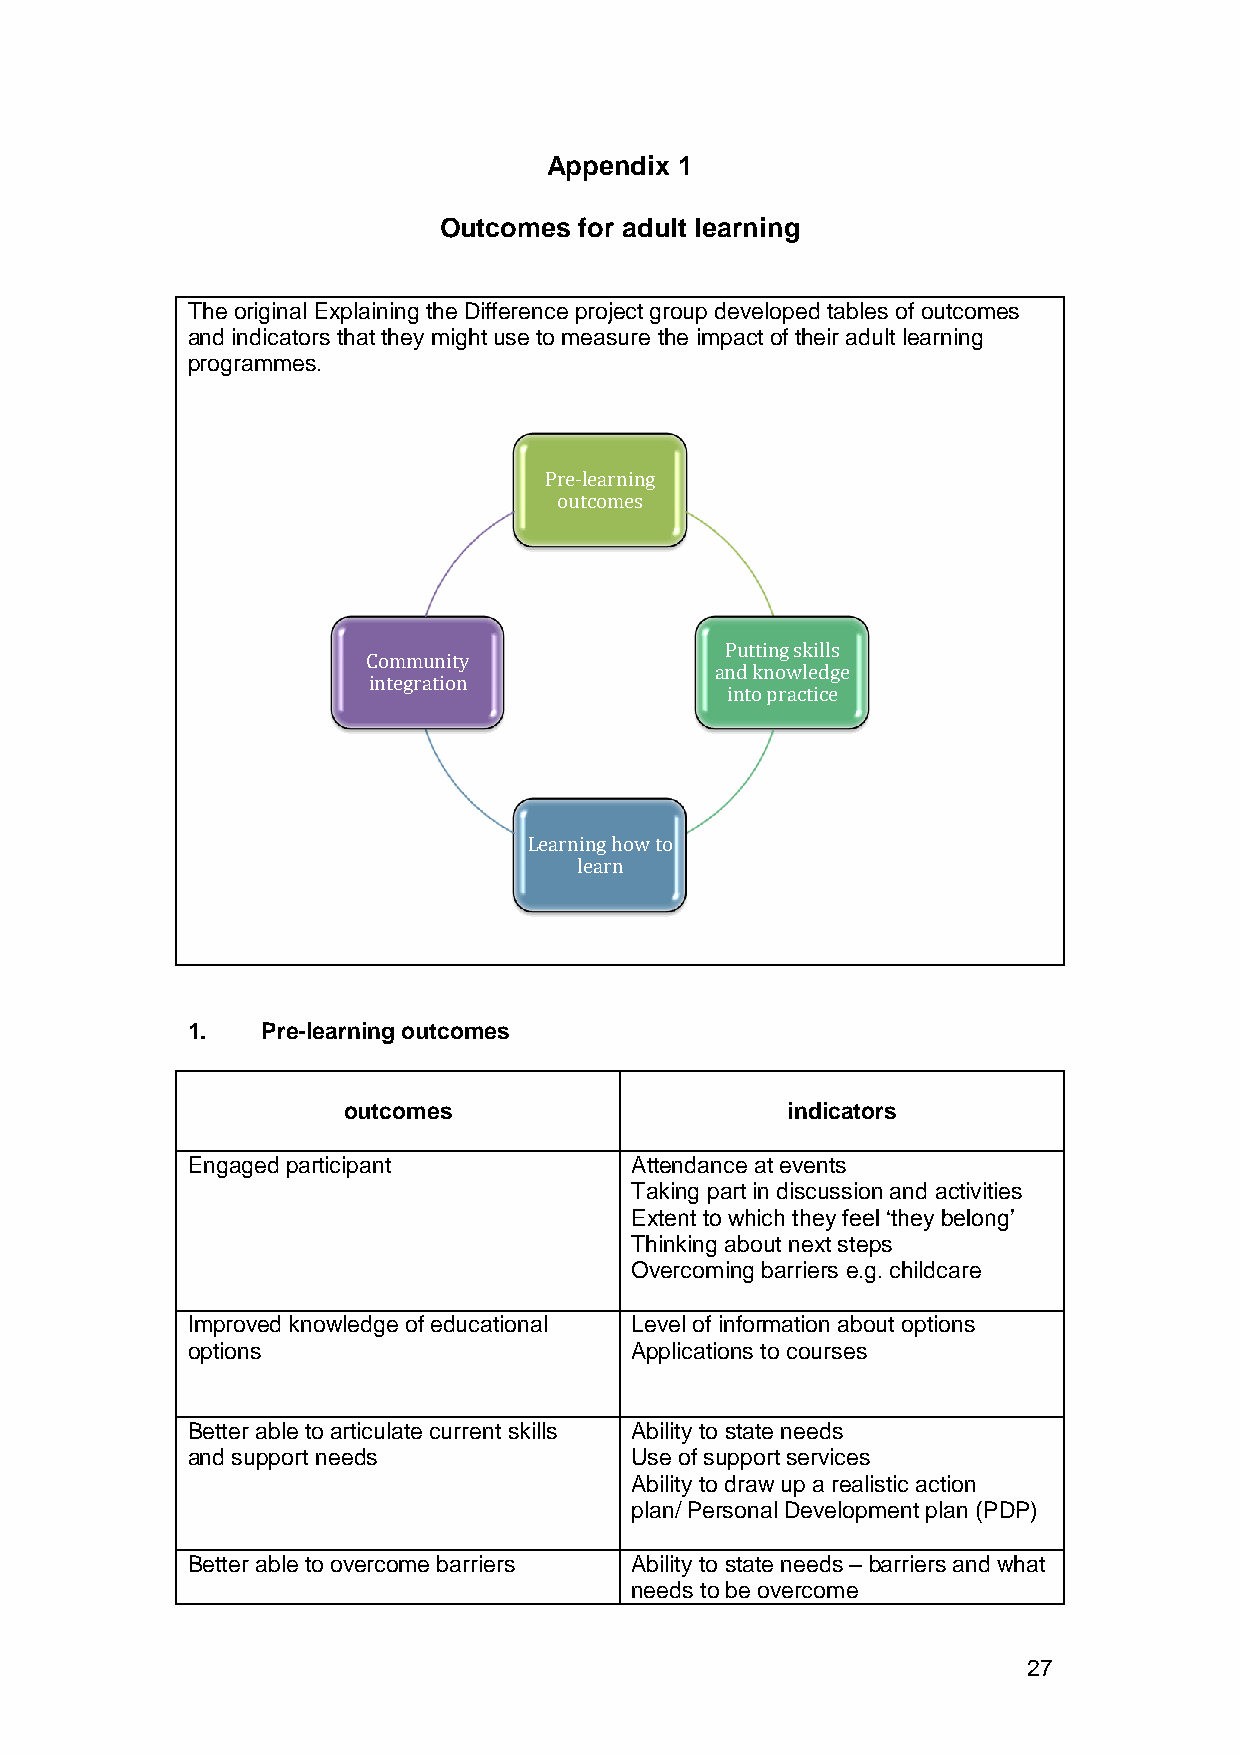
Appendix 1
 Outcomes for adult learning
 The original Explaining the Difference project group developed tables of outcomes
 and indicators that they might use to measure the impact of their adult learning
 programmes.
 Pre-learning
 outcomes
 Putting skills
 Community
 and knowledge
 integration
 into practice
 Learning how to
 learn
 1.   Pre-learning outcomes
 outcomes                     indicators
 Engaged participant           Attendance at events
 Taking part in discussion and activities
 Extent to which they feel ‘they belong’
 Thinking about next steps
 Overcoming barriers e.g. childcare
 Improved knowledge of educational Level of information about options
 options                       Applications to courses
 Better able to articulate current skills Ability to state needs
 and support needs             Use of support services
 Ability to draw up a realistic action
 plan/ Personal Development plan (PDP)
 Better able to overcome barriers Ability to state needs – barriers and what
 needs to be overcome
 27